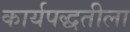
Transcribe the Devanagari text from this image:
कार्यपद्धतीला